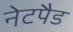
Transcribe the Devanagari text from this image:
नेटपैड